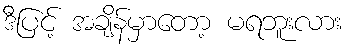
ဒီပြင့် အချိန်မှာတော့ မရဘူးလား